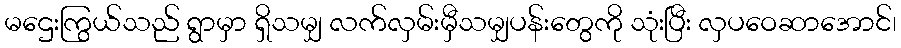
မဌေးကြွယ်သည် ရွာမှာ ရှိသမျှ လက်လှမ်းမှီသမျှပန်းတွေကို သုံးပြီး လှပဝေဆာအောင်၊